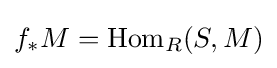
f_{*}M=\operatorname {Hom} _{R}(S,M)